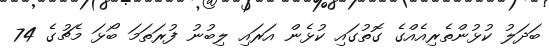
ބަދަލު ކުޅުންތެރިއެއްގެ ގޮތުގައި ކުޅެން އަރައި ލިބުނު ފުރަތަމަ ބޯޅަ މެޗުގެ 74